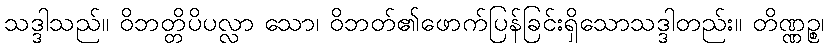
သဒ္ဒါသည်။ ဝိဘတ္တိပိပလ္လာ သော၊ ဝိဘတ်၏ဖောက်ပြန်ခြင်းရှိသောသဒ္ဒါတည်း။ တိဏ္ဏဉ္စ၊